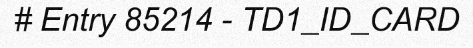
# Entry 85214 - TD1_ID_CARD